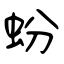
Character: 蚡